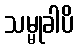
သမ္မုခါပိ